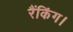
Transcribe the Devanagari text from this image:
रैंकिंग।